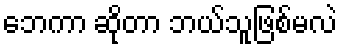
ဘေကာ ဆိုတာ ဘယ်သူဖြစ်မလဲ